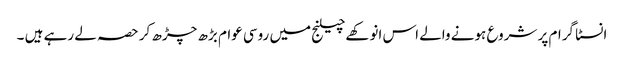
انسٹا گرام پر شروع ہونے والے اس انوکھےچیلنج میں روسی عوام بڑھ چڑھ کر حصہ لے رہے ہیں ۔